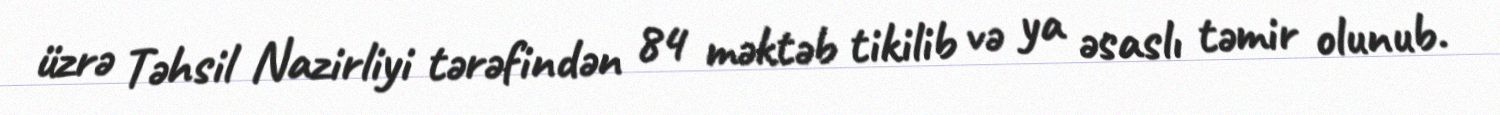
üzrə Təhsil Nazirliyi tərəfindən 84 məktəb tikilib və ya əsaslı təmir olunub.